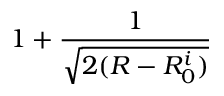
1 + \frac { 1 } { \sqrt { 2 ( R - R _ { 0 } ^ { i } ) } }